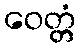
ဝေတ္တံ